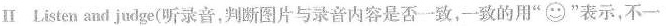
Ⅱ Listen and judge(听录音，判断图片与录音内容是否一致，一致的用” ”表示，不一